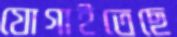
যোগাইতেছে